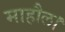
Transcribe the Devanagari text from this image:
माहौल।